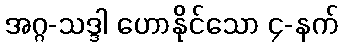
အဂ္ဂ-သဒ္ဒါ ဟောနိုင်သော ၄-နက်